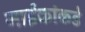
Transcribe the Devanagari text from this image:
नाईकांकडे